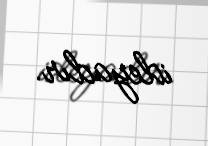
ideyadır.